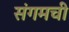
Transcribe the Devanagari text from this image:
संगमची